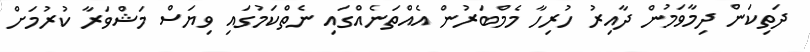
ދަތިކަން ދިމާވަމުން ދާއިރު ހުރިހާ މެމްބަރުން އެއްތަނެއްގައި ނެތްކަމުގައި ވިޔަސް މަޝްވަރާ ކުރުމަށް